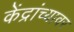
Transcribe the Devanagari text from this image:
केंद्रांच्यावर